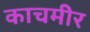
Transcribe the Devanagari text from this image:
काचमीर